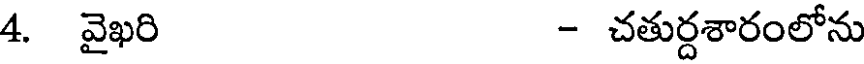
4. వైఖరి - చతుర్దశారంలోను